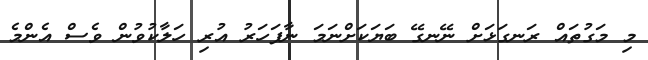
މި މަގުތައް ރަނގަޅަށް ނޭނގޭ ބަޔަކަށްނަމަ ނާފަހަރު އުރި ހަލާކުވުން ވެސް އެންމެ